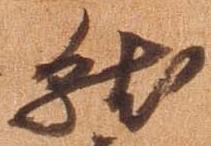
就